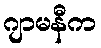
ဂျာမနီက